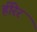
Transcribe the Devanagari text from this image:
हीरेर